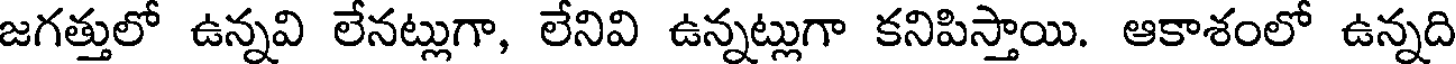
జగత్తులో ఉన్నవి లేనట్లుగా, లేనివి ఉన్నట్లుగా కనిపిస్తాయి. ఆకాశంలో ఉన్నది